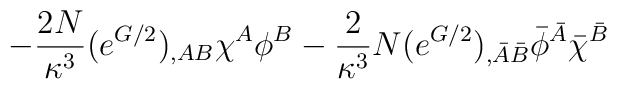
- \frac{2N}{\kappa^3} (e^{G/2})_{,AB} \chi^A\phi^B - \frac{2}{\kappa^3} N (e^{G/2})_{,\bar A \bar B} \bar\phi^{\bar A}\bar\chi^{\bar B}